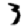
Digit: 3